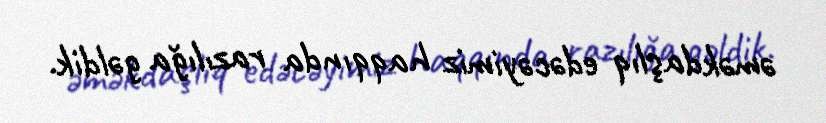
əməkdaşlıq edəcəyimiz haqqında razılığa gəldik.